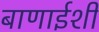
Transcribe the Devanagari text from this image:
बाणाईशी